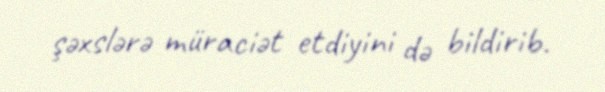
şəxslərə müraciət etdiyini də bildirib.